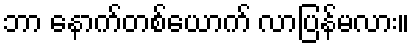
ဘာ နောက်တစ်ယောက် လာပြန်မလား။